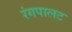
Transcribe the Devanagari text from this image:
रंगपालट